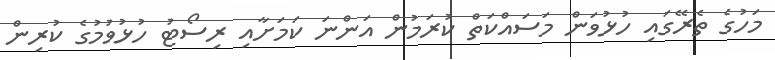
މަހުގެ ތެރޭގައި ހުޅުވަން މަސައްކަތް ކުރަމުން އަންނަ ކަމަށާއި ރިސޯޓު ހުޅުވުމުގެ ކުރިން